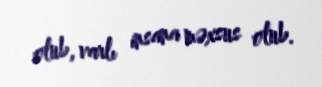
olub, varlı insana məxsus olub.